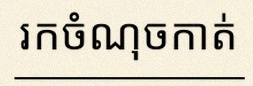
រកចំណុចកាត់